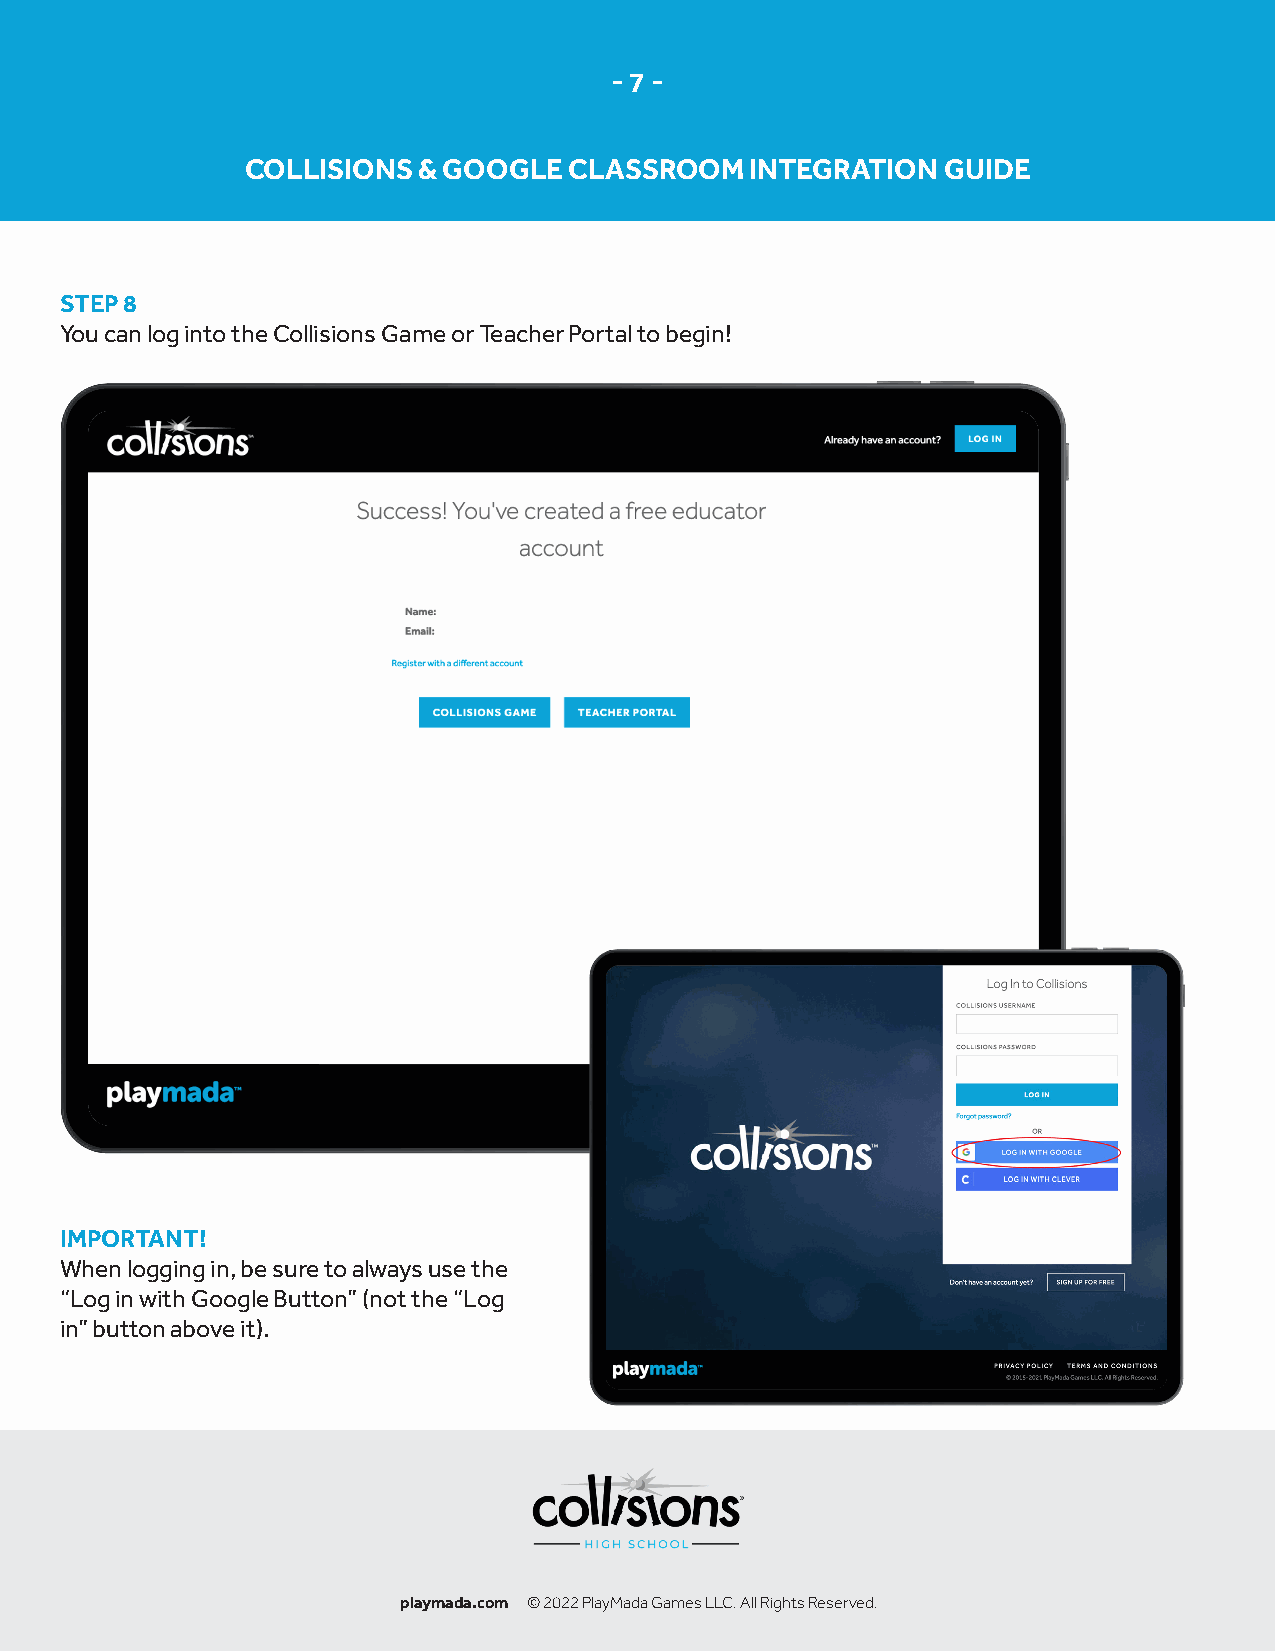
- 7 -
 COLLISIONS  & GOOGLE  CLASSROOM   INTEGRATION GUIDE
 STEP 8
 You can log into the Collisions Game or Teacher Portal to begin!
 IMPORTANT!
 When logging in, be sure to always use the
 “Log in with Google Button” (not the “Log
 in” button above it).
 playmada.com © 2022 PlayMada Games LLC. All Rights Reserved.